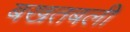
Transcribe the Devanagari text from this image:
बखतबली